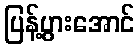
ပြန့်ပွားအောင်